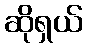
ဆိုရှယ်